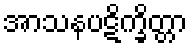
အာသနပဋိက္ခိတ္တာ